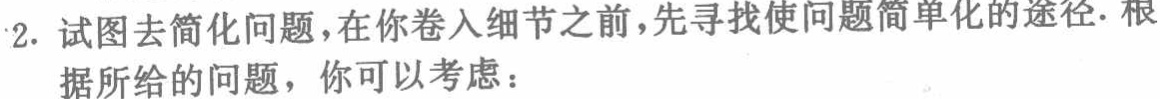
2. 试图去简化问题,在你卷入细节之前,先寻找使问题简单化的途径.根据所给的问题，你可以考虑：